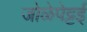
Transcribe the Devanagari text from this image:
जोळेपेट्टई